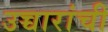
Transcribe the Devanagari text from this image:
उच्चारांची